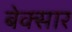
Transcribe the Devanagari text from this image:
बेक्सार